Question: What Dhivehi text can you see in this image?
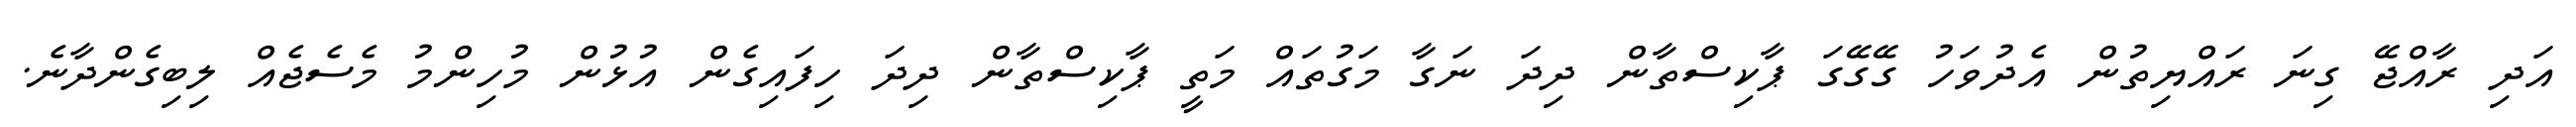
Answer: އަދި ރާއްޖޭ ގިނަ ރައްޔިތުން އެދުވަހު ގޭގޭގަ ޕާކިސްތާން ދިދަ ނަގާ މަގުތައް މަތީ ޕާކިސްތާން ދިދަ ހިފައިގެން އުޅުން މުހިންމު މެސެޖެއް ލިބިގެންދާނެ.